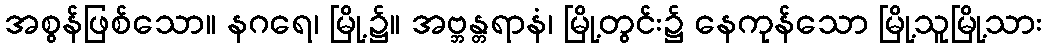
အစွန်ဖြစ်သော။ နဂရေ၊ မြို့၌။ အဗ္ဘန္တရာနံ၊ မြို့တွင်း၌ နေကုန်သော မြို့သူမြို့သား